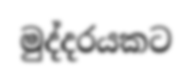
මුද්දරයකට